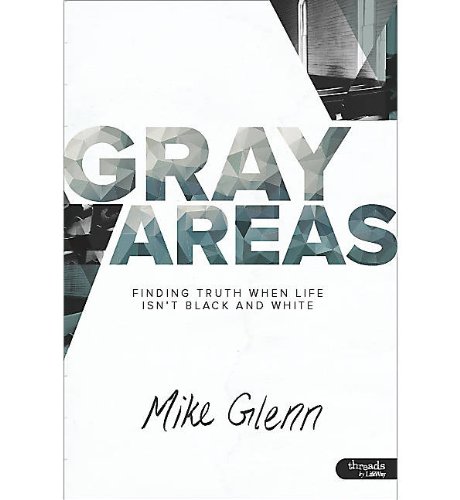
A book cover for Gray Areas; Mike Glenn; Christian Books & Bibles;